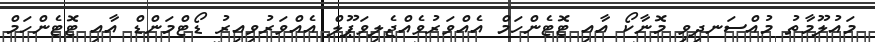
މައުލޫމާތު މުއްސަނދިވި މޮނާކޯ އާއި ޓޮޓެންހަމް އެއްވަރުވެއްޖެލިވަޕޫލް އެއްވަރުވިއިރު ޑޯޓްމަންޑް އާއި ޓޮޓެންހަމް